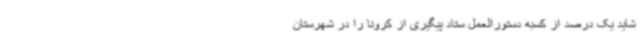
شاید یک درصد از کسبه دستورالعمل ستاد پیگیری از کرونا را در شهرستان